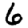
Digit: 6